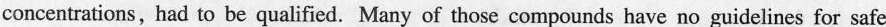
concentrations, had to be qualified.Many of those compounds have no guidelines for safe